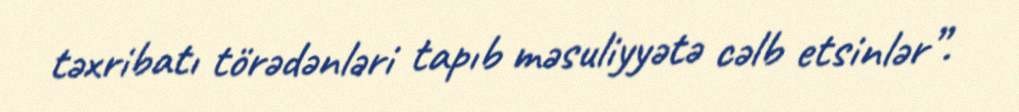
təxribatı törədənləri tapıb məsuliyyətə cəlb etsinlər”.